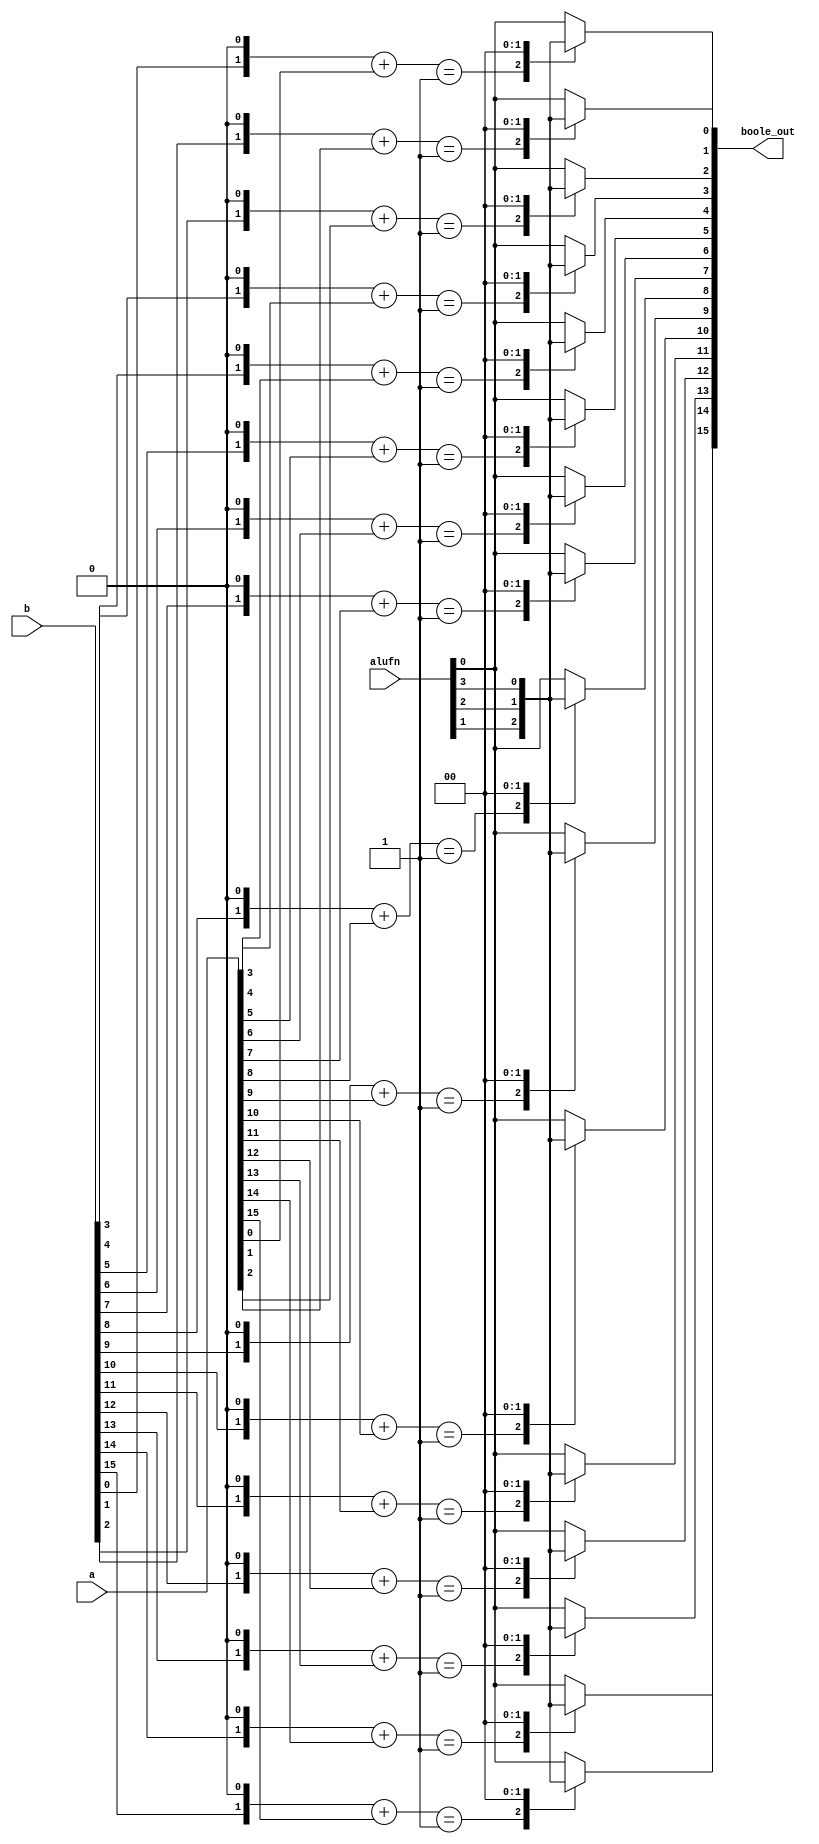
/*
   This file was generated automatically by the Mojo IDE version B1.3.6.
   Do not edit this file directly. Instead edit the original Lucid source.
   This is a temporary file and any changes made to it will be destroyed.
*/

module boole_9 (
    input [3:0] alufn,
    input [15:0] a,
    input [15:0] b,
    output reg [15:0] boole_out
  );
  
  
  
  integer i;
  
  integer ab;
  
  always @* begin
    for (i = 1'h0; i < 5'h10; i = i + 1) begin
      ab = (b[(i)*1+0-:1] << 1'h1) + a[(i)*1+0-:1];
      
      case (ab)
        1'h0: begin
          boole_out[(i)*1+0-:1] = alufn[0+0-:1];
        end
        1'h1: begin
          boole_out[(i)*1+0-:1] = alufn[1+0-:1];
        end
        4'ha: begin
          boole_out[(i)*1+0-:1] = alufn[2+0-:1];
        end
        4'hb: begin
          boole_out[(i)*1+0-:1] = alufn[3+0-:1];
        end
        default: begin
          boole_out[(i)*1+0-:1] = alufn[0+0-:1];
        end
      endcase
    end
  end
endmodule